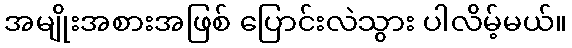
အမျိုးအစားအဖြစ် ပြောင်းလဲသွား ပါလိမ့်မယ်။